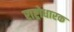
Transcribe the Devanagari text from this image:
राष्ट्रोधारक